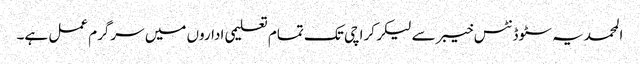
المحمدیہ سٹوڈنٹس خیبر سے لیکر کراچی تک تمام تعلیمی اداروں میں سرگرم عمل ہے۔